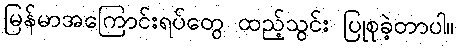
မြန်မာအကြောင်းရပ်တွေ ထည့်သွင်း ပြုစုခဲ့တာပါ။